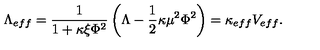
\Lambda _ { e f f } = \frac { 1 } { 1 + \kappa \xi \Phi ^ { 2 } } \left( \Lambda - \frac { 1 } { 2 } \kappa \mu ^ { 2 } \Phi ^ { 2 } \right) = \kappa _ { e f f } V _ { e f f } .